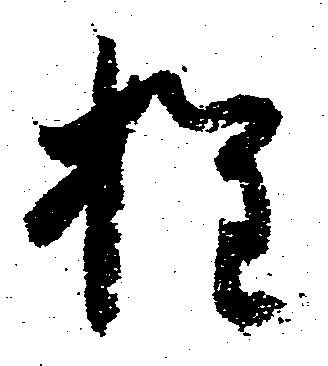
権